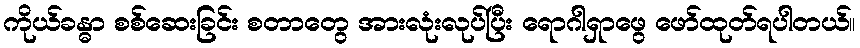
ကိုယ်ခန္ဓာ စစ်ဆေးခြင်း စတာတွေ အားလုံးလုပ်ပြီး ရောဂါရှာဖွေ ဖော်ထုတ်ရပါတယ်။